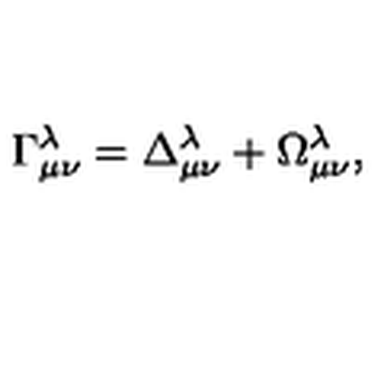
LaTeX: \Gamma _ { \mu \nu } ^ { \lambda } = \Delta _ { \mu \nu } ^ { \lambda } + \Omega _ { \mu \nu } ^ { \lambda } ,